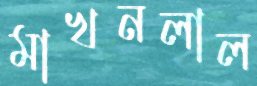
মাখনলাল